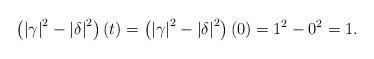
LaTeX: \begin{align*}\left( \left\vert \gamma\right\vert ^{2}-\left\vert \delta\right\vert^{2}\right) \left( t\right) =\left( \left\vert \gamma\right\vert^{2}-\left\vert \delta\right\vert ^{2}\right) \left( 0\right) =1^{2}-0^{2}=1. \end{align*}